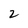
Character: 2